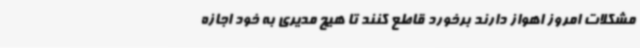
مشکلات امروز اهواز دارند برخورد قاطع کنند تا هیچ مدیری به خود اجازه